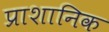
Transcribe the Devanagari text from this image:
प्राशानिक